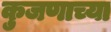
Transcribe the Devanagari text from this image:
कुजणाच्या